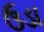
ઉડા